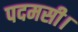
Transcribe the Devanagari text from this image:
पदमसी।